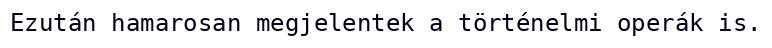
Ezután hamarosan megjelentek a történelmi operák is.